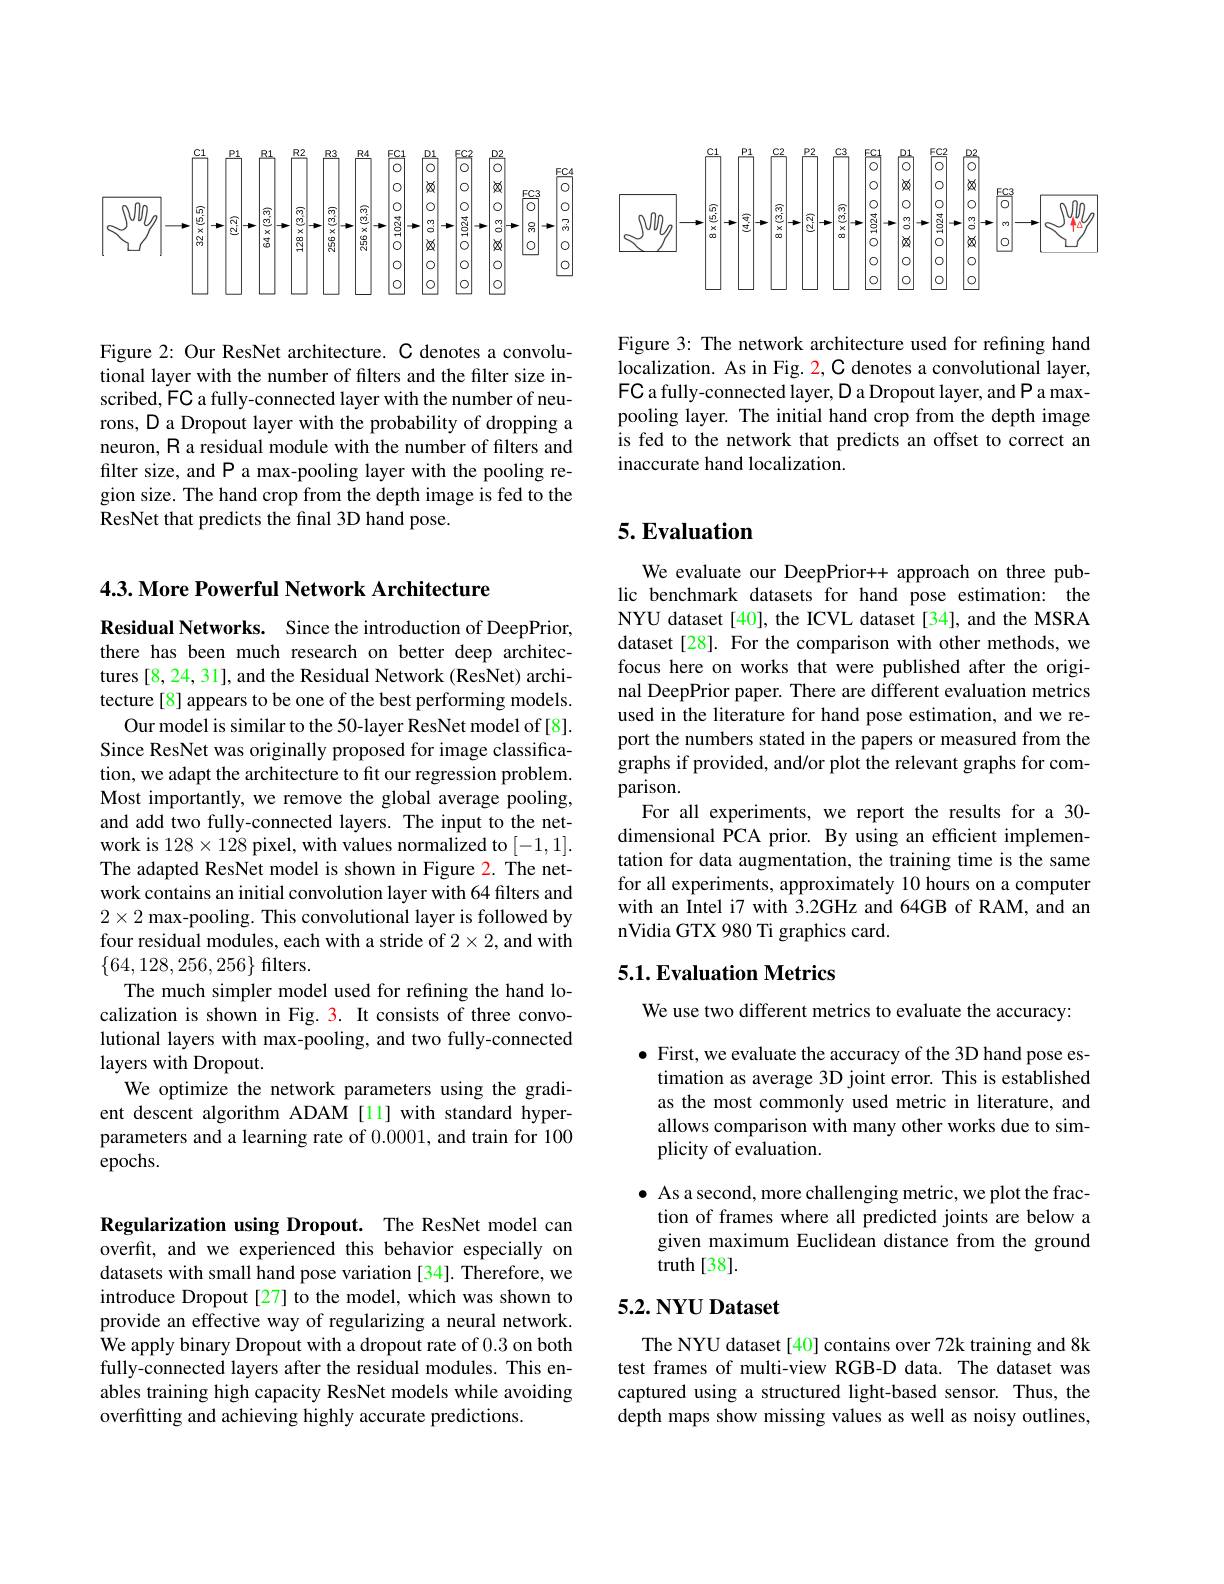
<FigureHere>

Figure 2: Our ResNet architecture. C denotes a convolutional layer with the number of filters and the filter size inscribed, FC a fully-connected layer with the number of neurons, D a Dropout layer with the probability of dropping a neuron, R a residual module with the number of filters and filter size, and P a max-pooling layer with the pooling region size. The hand crop from the depth image is fed to the ResNet that predicts the final 3D hand pose.

<FigureHere>

Figure 3: The network architecture used for refining hand localization. As in Fig. 2, C denotes a convolutional layer, FC a fully-connected layer, D a Dropout layer, and P a maxpooling layer. The initial hand crop from the depth image is fed to the network that predicts an offset to correct an inaccurate hand localization.

4.3. More Powerful Network Architecture

Residual Networks. Since the introduction of DeepPrior, there has been much research on better deep architectures [8,24,31], and the Residual Network (ResNet) architecture[8] appears to be one of the best performing models.
Our model is similar to the 50-layer ResNet model of[8]. Since ResNet was originally proposed for image classification, we adapt the architecture to fit our regression problem. Most importantly, we remove the global average pooling, and add two fully-connected layers. The input to the network is $128\times128$ pixel, with values normalized to [-1,1]. The adapted ResNet model is shown in Figure 2. The network contains an initial convolution layer with 64 filters and $2\times2$ max-pooling. This convolutional layer is followed by four residual modules, each with a stride of 2×2, and with $\{64,128,256,256\}$ filters.
The much simpler model used for refining the hand localization is shown in Fig. 3. It consists of three convolutional layers with max-pooling, and two fully-connected layers with Dropout.
We optimize the network parameters using the gradient descent algorithm ADAM[11] with standard hyperparameters and a learning rate of 0.0001, and train for 100 epochs.

Regularization using Dropout. The ResNet model can overfit, and we experienced this behavior especially on datasets with small hand pose variation [34]. Therefore, we introduce Dropout[27] to the model, which was shown to provide an effective way of regularizing a neural network We apply binary Dropout with a dropout rate of 0.3 on both fully-connected layers after the residual modules. This enables training high capacity ResNet models while avoiding overfitting and achieving highly accurate predictions.

## $5.Evaluation$

We evaluate our DeepPrior++ approach on three public benchmark datasets for hand pose estimation: the NYU dataset [40], the ICVL dataset [34], and the MSRA dataset [28]. For the comparison with other methods, we focus here on works that were published after the original DeepPrior paper. There are different evaluation metrics used in the literature for hand pose estimation, and we report the numbers stated in the papers or measured from the graphs if provided, and/or plot the relevant graphs for comparison.
For all experiments, we report the results for a 30- dimensional PCA prior. By using an efficient implementation for data augmentation, the training time is the same for all experiments, approximately 10 hours on a computer with an Intel i7 with 3.2GHz and 64GB of RAM, and an nVidia GTX 980 Ti graphics card.

## 5.1. Evaluation Metrics

We use two different metrics to evaluate the accuracy:

$\bullet$ First, we evaluate the accuracy of the 3D hand pose es-
timation as average 3D joint error. This is established as the most commonly used metric in literature, and allows comparison with many other works due to simplicity of evaluation.

$\bullet$ As a second, more challenging metric, we plot the fraction of frames where all predicted joints are below a given maximum Euclidean distance from the ground truth[38].

## $5. 2. \textbf{NYU Dataset}$

The NYU dataset [40] contains over 72k training and 8k test frames of multi-view RGB-D data. The dataset was captured using a structured light-based sensor. Thus, the depth maps show missing values as well as noisy outlines.